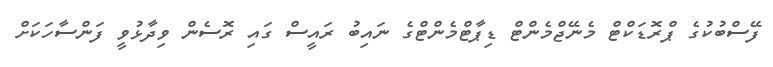
ފޭސްބުކުގެ ޕްރޮޑަކްޓް މެނޭޖްމެންޓް ޑިޕާޓްމެންޓްގެ ނައިބު ރައީސް ގައި ރޮސެން ވިދާޅުވީ ފަންސާހަކަށް